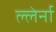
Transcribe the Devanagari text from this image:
ल्लेर्ना